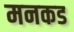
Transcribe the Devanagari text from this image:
मनकड